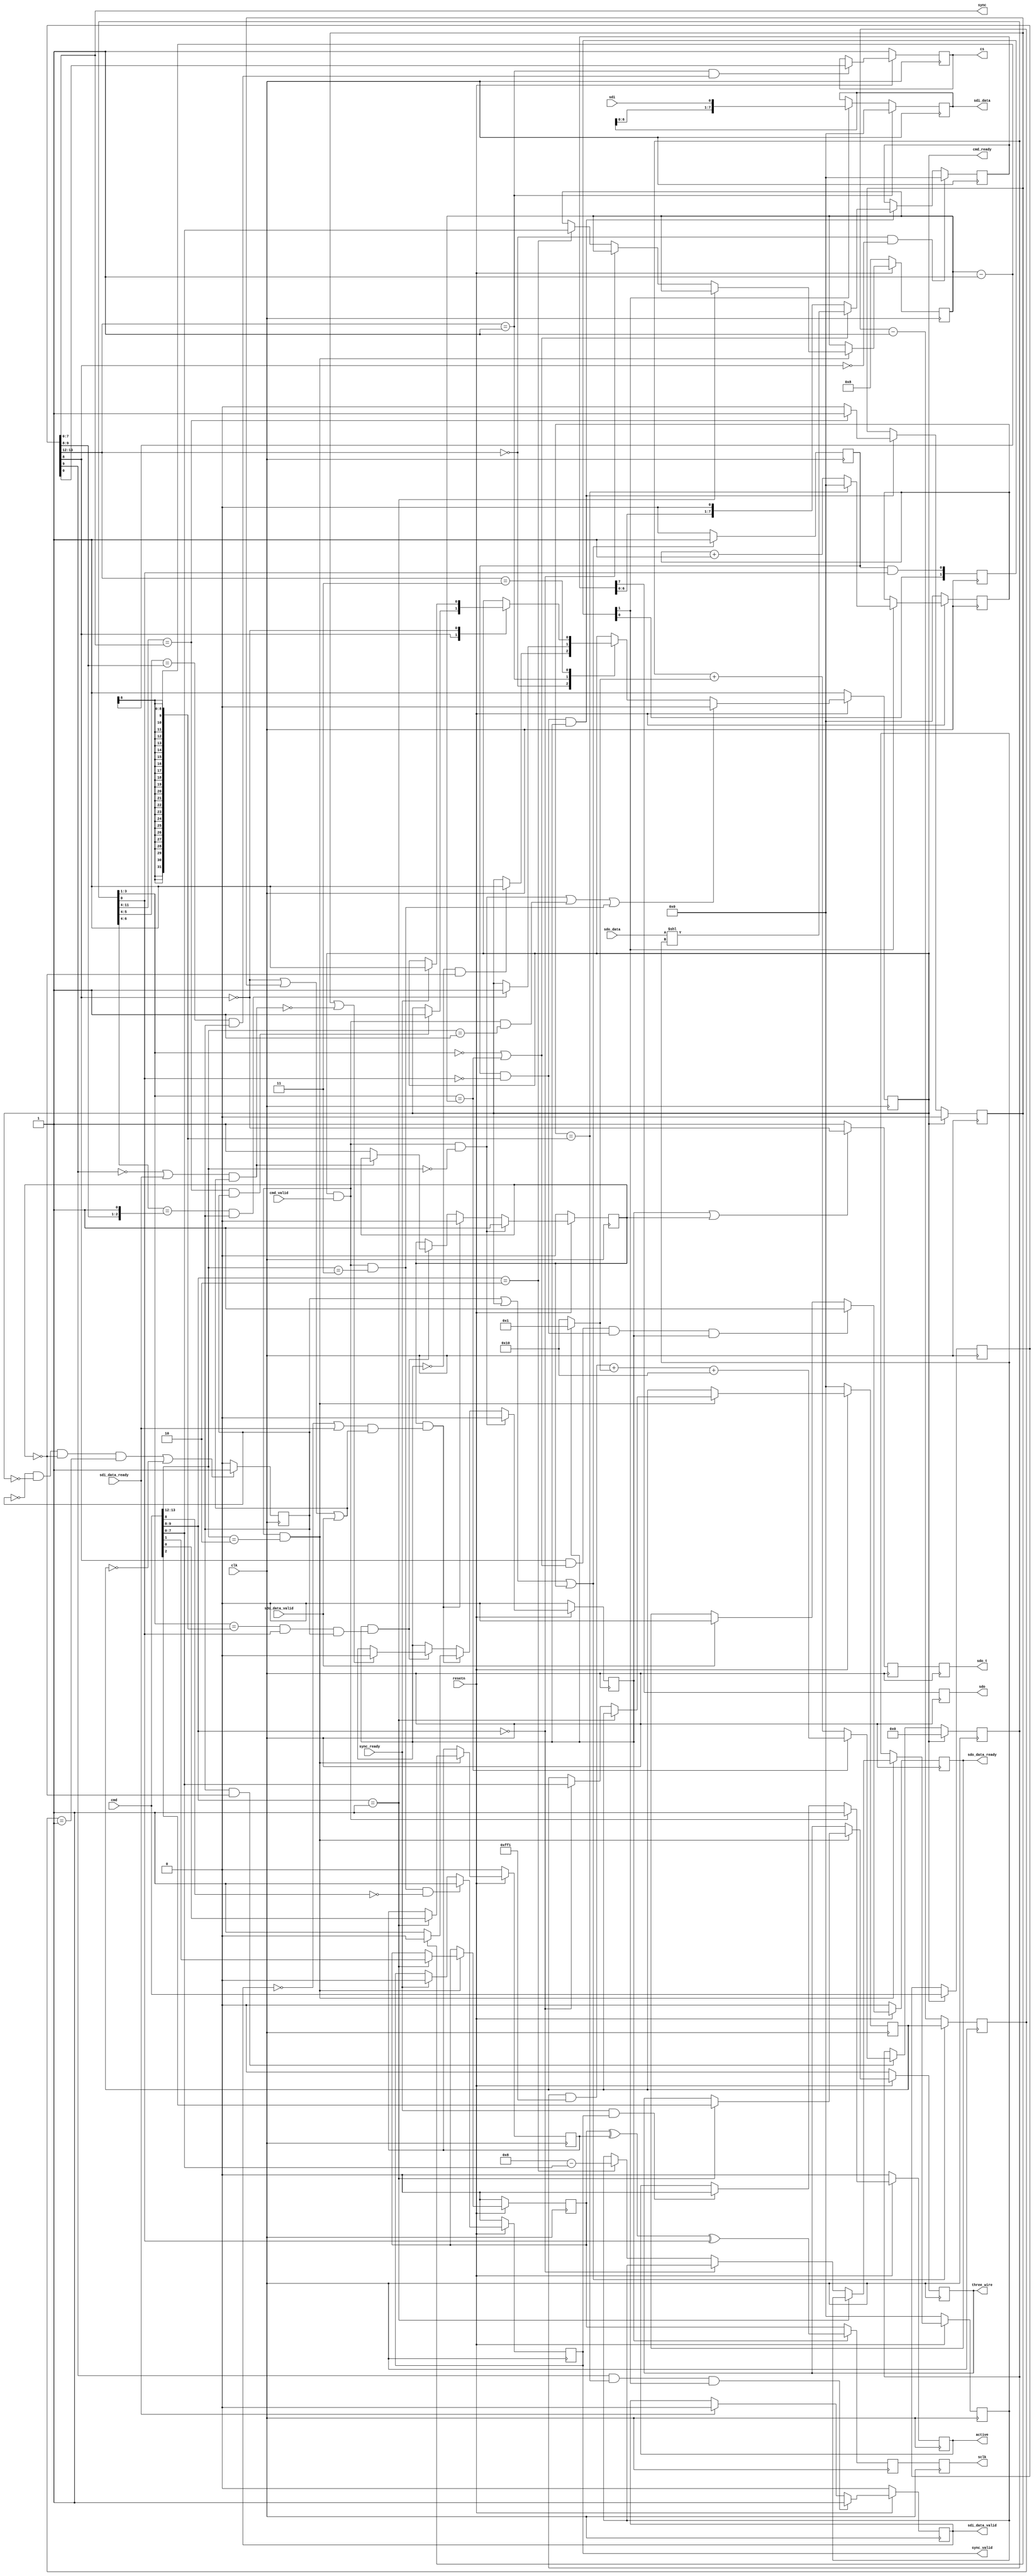
// ***************************************************************************
// ***************************************************************************
// Copyright 2014 - 2017 (c) Analog Devices, Inc. All rights reserved.
//
// In this HDL repository, there are many different and unique modules, consisting
// of various HDL (Verilog or VHDL) components. The individual modules are
// developed independently, and may be accompanied by separate and unique license
// terms.
//
// The user should read each of these license terms, and understand the
// freedoms and responsibilities that he or she has by using this source/core.
//
// This core is distributed in the hope that it will be useful, but WITHOUT ANY
// WARRANTY; without even the implied warranty of MERCHANTABILITY or FITNESS FOR
// A PARTICULAR PURPOSE.
//
// Redistribution and use of source or resulting binaries, with or without modification
// of this file, are permitted under one of the following two license terms:
//
//   1. The GNU General Public License version 2 as published by the
//      Free Software Foundation, which can be found in the top level directory
//      of this repository (LICENSE_GPL2), and also online at:
//      <https://www.gnu.org/licenses/old-licenses/gpl-2.0.html>
//
// OR
//
//   2. An ADI specific BSD license, which can be found in the top level directory
//      of this repository (LICENSE_ADIBSD), and also on-line at:
//      https://github.com/analogdevicesinc/hdl/blob/master/LICENSE_ADIBSD
//      This will allow to generate bit files and not release the source code,
//      as long as it attaches to an ADI device.
//
// ***************************************************************************
// ***************************************************************************

`timescale 1ns/100ps

module spi_engine_execution #(

  parameter NUM_OF_CS = 1,
  parameter DEFAULT_SPI_CFG = 0,
  parameter DEFAULT_CLK_DIV = 0,
  parameter DATA_WIDTH = 8,                   // Valid data widths values are 8/16/24/32
  parameter NUM_OF_SDI = 1,
  parameter [0:0] SDO_DEFAULT = 1'b0,
  parameter [1:0] SDI_DELAY = 2'b00) (

  input clk,
  input resetn,

  output reg active,

  output cmd_ready,
  input cmd_valid,
  input [15:0] cmd,

  input sdo_data_valid,
  output reg sdo_data_ready,
  input [(DATA_WIDTH-1):0] sdo_data,


  input sdi_data_ready,
  output reg sdi_data_valid,
  output [(NUM_OF_SDI * DATA_WIDTH-1):0] sdi_data,

  input sync_ready,
  output reg sync_valid,
  output [7:0] sync,

  output reg sclk,
  output reg sdo,
  output reg sdo_t,
  input [NUM_OF_SDI-1:0] sdi,
  output reg [NUM_OF_CS-1:0] cs,
  output reg three_wire
);

localparam CMD_TRANSFER = 2'b00;
localparam CMD_CHIPSELECT = 2'b01;
localparam CMD_WRITE = 2'b10;
localparam CMD_MISC = 2'b11;

localparam MISC_SYNC = 1'b0;
localparam MISC_SLEEP = 1'b1;

localparam REG_CLK_DIV = 2'b00;
localparam REG_CONFIG = 2'b01;
localparam REG_WORD_LENGTH = 2'b10;

localparam BIT_COUNTER_WIDTH = DATA_WIDTH > 16 ? 5 :
                               DATA_WIDTH > 8  ? 4 : 3;

localparam BIT_COUNTER_CARRY = 2** (BIT_COUNTER_WIDTH + 1);
localparam BIT_COUNTER_CLEAR = {{8{1'b1}}, {BIT_COUNTER_WIDTH{1'b0}}, 1'b1};

reg sclk_int = 1'b0;
wire sdo_int_s;
reg sdo_t_int = 1'b0;

reg idle;

reg [7:0] clk_div_counter = 'h00;
reg [7:0] clk_div_counter_next = 'h00;
reg clk_div_last;

reg [(BIT_COUNTER_WIDTH+8):0] counter = 'h00;

wire [7:0] sleep_counter = counter[(BIT_COUNTER_WIDTH+8):(BIT_COUNTER_WIDTH+1)];
wire [1:0] cs_sleep_counter = counter[(BIT_COUNTER_WIDTH+2):(BIT_COUNTER_WIDTH+1)];
wire [2:0] cs_sleep_counter2 = counter[(BIT_COUNTER_WIDTH+3):(BIT_COUNTER_WIDTH+1)];
wire [(BIT_COUNTER_WIDTH-1):0] bit_counter = counter[BIT_COUNTER_WIDTH:1];
wire [7:0] transfer_counter = counter[(BIT_COUNTER_WIDTH+8):(BIT_COUNTER_WIDTH+1)];
wire ntx_rx = counter[0];

reg trigger = 1'b0;
reg trigger_next = 1'b0;
reg wait_for_io = 1'b0;
reg transfer_active = 1'b0;

wire last_bit;
wire first_bit;
reg last_transfer;
reg [7:0] word_length = DATA_WIDTH;
reg [7:0] left_aligned = 8'b0;
wire end_of_word;

reg [7:0] sdi_counter = 8'b0;

assign first_bit = ((bit_counter == 'h0) ||  (bit_counter == word_length));
assign last_bit = bit_counter == word_length - 1;
assign end_of_word = last_bit == 1'b1 && ntx_rx == 1'b1 && clk_div_last == 1'b1;

reg [15:0] cmd_d1;

reg cpha = DEFAULT_SPI_CFG[0];
reg cpol = DEFAULT_SPI_CFG[1];
reg [7:0] clk_div = DEFAULT_CLK_DIV;

wire sdo_enabled = cmd_d1[8];
wire sdi_enabled = cmd_d1[9];

reg [(DATA_WIDTH-1):0] data_sdo_shift = 'h0;

reg [4:0] trigger_rx_d = 5'b0;

wire [1:0] inst = cmd[13:12];
wire [1:0] inst_d1 = cmd_d1[13:12];

wire exec_cmd = cmd_ready && cmd_valid;
wire exec_transfer_cmd = exec_cmd && inst == CMD_TRANSFER;

wire exec_write_cmd = exec_cmd && inst == CMD_WRITE;
wire exec_chipselect_cmd = exec_cmd && inst == CMD_CHIPSELECT;
wire exec_misc_cmd = exec_cmd && inst == CMD_MISC;
wire exec_sync_cmd = exec_misc_cmd && cmd[8] == MISC_SYNC;

wire trigger_tx;
wire trigger_rx;

wire sleep_counter_compare;
wire cs_sleep_counter_compare;
wire cs_sleep_counter_compare2;

wire io_ready1;
wire io_ready2;
wire trigger_rx_s;

wire last_sdi_bit;

assign cmd_ready = idle;

always @(posedge clk) begin
  if (cmd_ready)
   cmd_d1 <= cmd;
end

always @(posedge clk) begin
  if (resetn == 1'b0) begin
    active <= 1'b0;
  end else begin
    if (exec_cmd == 1'b1)
      active <= 1'b1;
    else if (sync_ready == 1'b1 && sync_valid == 1'b1)
      active <= 1'b0;
  end
end

// Load the interface configurations from the 'Configuration Write'
// instruction
always @(posedge clk) begin
  if (resetn == 1'b0) begin
    cpha <= DEFAULT_SPI_CFG[0];
    cpol <= DEFAULT_SPI_CFG[1];
    three_wire <= DEFAULT_SPI_CFG[2];
    clk_div <= DEFAULT_CLK_DIV;
    word_length <= DATA_WIDTH;
    left_aligned <= 8'b0;
  end else if (exec_write_cmd == 1'b1) begin
    if (cmd[9:8] == REG_CONFIG) begin
      cpha <= cmd[0];
      cpol <= cmd[1];
      three_wire <= cmd[2];
    end else if (cmd[9:8] == REG_CLK_DIV) begin
      clk_div <= cmd[7:0];
    end else if (cmd[9:8] == REG_WORD_LENGTH) begin
      // the max value of this reg must be DATA_WIDTH
      word_length <= cmd[7:0];
      left_aligned <= DATA_WIDTH - cmd[7:0];
    end
  end
end

always @(posedge clk) begin
  if ((clk_div_last == 1'b0 && idle == 1'b0 && wait_for_io == 1'b0 &&
    clk_div_counter == 'h01) || clk_div == 'h00)
    clk_div_last <= 1'b1;
  else
    clk_div_last <= 1'b0;
end

always @(posedge clk) begin
  if (clk_div_last == 1'b1 || idle == 1'b1 || wait_for_io == 1'b1) begin
    clk_div_counter <= clk_div;
    trigger <= 1'b1;
  end else begin
    clk_div_counter <= clk_div_counter - 1'b1;
    trigger <= 1'b0;
  end
end

assign trigger_tx = trigger == 1'b1 && ntx_rx == 1'b0;
assign trigger_rx = trigger == 1'b1 && ntx_rx == 1'b1;

assign sleep_counter_compare = sleep_counter == cmd_d1[7:0] && clk_div_last == 1'b1;
assign cs_sleep_counter_compare = cs_sleep_counter == cmd_d1[9:8] && clk_div_last == 1'b1;
assign cs_sleep_counter_compare2 = cs_sleep_counter2 == {cmd_d1[9:8],1'b1} && clk_div_last == 1'b1;

always @(posedge clk) begin
  if (idle == 1'b1) begin
    counter <= 'h00;
  end else if (clk_div_last == 1'b1 && wait_for_io == 1'b0) begin
    if (bit_counter == word_length) begin
        counter <= (counter & BIT_COUNTER_CLEAR) + (transfer_active ? 'h1 : 'h10) + BIT_COUNTER_CARRY;
    end else begin
      counter <= counter + (transfer_active ? 'h1 : 'h10);
    end
  end
end

always @(posedge clk) begin
  if (resetn == 1'b0) begin
    idle <= 1'b1;
  end else begin
    if (exec_transfer_cmd || exec_chipselect_cmd || exec_misc_cmd) begin
      idle <= 1'b0;
    end else begin
      case (inst_d1)
      CMD_TRANSFER: begin
        if (transfer_active == 1'b0 && wait_for_io == 1'b0)
          idle <= 1'b1;
      end
      CMD_CHIPSELECT: begin
        if (cs_sleep_counter_compare2)
          idle <= 1'b1;
      end
      CMD_MISC: begin
        case (cmd_d1[8])
        MISC_SLEEP: begin
          if (sleep_counter_compare)
            idle <= 1'b1;
        end
        MISC_SYNC: begin
          if (sync_ready)
            idle <= 1'b1;
        end
        endcase
      end
      endcase
    end
  end
end

always @(posedge clk) begin
  if (resetn == 1'b0) begin
    cs <= 'hff;
  end else if (inst_d1 == CMD_CHIPSELECT && cs_sleep_counter_compare == 1'b1) begin
    cs <= cmd_d1[NUM_OF_CS-1:0];
  end
end

always @(posedge clk) begin
  if (resetn == 1'b0) begin
    sync_valid <= 1'b0;
  end else begin
    if (exec_sync_cmd == 1'b1) begin
      sync_valid <= 1'b1;
    end else if (sync_ready == 1'b1) begin
      sync_valid <= 1'b0;
    end
  end
end

assign sync = cmd_d1[7:0];

always @(posedge clk) begin
  if (resetn == 1'b0)
    sdo_data_ready <= 1'b0;
  else if (sdo_enabled == 1'b1 && first_bit == 1'b1 && trigger_tx == 1'b1 && transfer_active == 1'b1)
    sdo_data_ready <= 1'b1;
  else if (sdo_data_valid == 1'b1)
    sdo_data_ready <= 1'b0;
end

always @(posedge clk) begin
  if (resetn == 1'b0)
    sdi_data_valid <= 1'b0;
  else if (sdi_enabled == 1'b1 && last_sdi_bit == 1'b1 && trigger_rx_s == 1'b1)
    sdi_data_valid <= 1'b1;
  else if (sdi_data_ready == 1'b1)
    sdi_data_valid <= 1'b0;
end

assign io_ready1 = (sdi_data_valid == 1'b0 || sdi_data_ready == 1'b1) &&
        (sdo_enabled == 1'b0 || last_transfer == 1'b1 || sdo_data_valid == 1'b1);
assign io_ready2 = (sdi_enabled == 1'b0 || sdi_data_ready == 1'b1) &&
        (sdo_enabled == 1'b0 || last_transfer == 1'b1 || sdo_data_valid == 1'b1);

always @(posedge clk) begin
  if (idle == 1'b1) begin
    last_transfer <= 1'b0;
  end else if (trigger_tx == 1'b1 && transfer_active == 1'b1) begin
    if (transfer_counter == cmd_d1[7:0])
      last_transfer <= 1'b1;
    else
      last_transfer <= 1'b0;
  end
end

always @(posedge clk) begin
  if (resetn == 1'b0) begin
    transfer_active <= 1'b0;
    wait_for_io <= 1'b0;
  end else begin
    if (exec_transfer_cmd == 1'b1) begin
      wait_for_io <= 1'b1;
      transfer_active <= 1'b0;
    end else if (wait_for_io == 1'b1 && io_ready1 == 1'b1) begin
      wait_for_io <= 1'b0;
      if (last_transfer == 1'b0)
        transfer_active <= 1'b1;
      else
        transfer_active <= 1'b0;
    end else if (transfer_active == 1'b1 && end_of_word == 1'b1) begin
      if (last_transfer == 1'b1 || io_ready2 == 1'b0)
        transfer_active <= 1'b0;
      if (io_ready2 == 1'b0)
        wait_for_io <= 1'b1;
    end
  end
end

always @(posedge clk) begin
  if (transfer_active == 1'b1 || wait_for_io == 1'b1)
  begin
    sdo_t_int <= ~sdo_enabled;
  end else begin
    sdo_t_int <= 1'b1;
  end
end

// Load the SDO parallel data into the SDO shift register. In case of a custom
// data width, additional bit shifting must done at load.
always @(posedge clk) begin
  if ((inst_d1 == CMD_TRANSFER) && (!sdo_enabled)) begin
    data_sdo_shift <= {DATA_WIDTH{SDO_DEFAULT}};
  end else if (transfer_active == 1'b1 && trigger_tx == 1'b1) begin
    if (first_bit == 1'b1)
      data_sdo_shift <= sdo_data << left_aligned;
    else
      data_sdo_shift <= {data_sdo_shift[(DATA_WIDTH-2):0], 1'b0};
  end
end

assign sdo_int_s = data_sdo_shift[DATA_WIDTH-1];

// In case of an interface with high clock rate (SCLK > 50MHz), the latch of
// the SDI line can be delayed with 1, 2 or 3 SPI core clock cycle.
// Taking the fact that in high SCLK frequencies the pre-scaler most likely will
// be set to 0, to reduce the core clock's speed, this delay will mean that SDI will
// be latched at one of the next consecutive SCLK edge.

always @(posedge clk) begin
  trigger_rx_d[0] <= trigger_rx;
  trigger_rx_d[4:1] <= trigger_rx_d[3:0];
end

assign trigger_rx_s = (SDI_DELAY == 2'b00) ? trigger_rx_d[1] :
                      (SDI_DELAY == 2'b01) ? trigger_rx_d[2] :
                      (SDI_DELAY == 2'b10) ? trigger_rx_d[3] :
                      (SDI_DELAY == 2'b11) ? trigger_rx_d[4] : trigger_rx_d[1];

// Load the serial data into SDI shift register(s), then link it to the output
// register of the module
genvar i;
generate
  for (i=0; i<NUM_OF_SDI; i=i+1) begin: g_sdi_shift_reg

    reg [DATA_WIDTH-1:0] data_sdi_shift;

    always @(posedge clk) begin
      if (inst_d1 == CMD_CHIPSELECT) begin
        data_sdi_shift <= {DATA_WIDTH{1'b0}};
      end else if (trigger_rx_s == 1'b1) begin
        data_sdi_shift <= {data_sdi_shift[DATA_WIDTH-2:0], sdi[i]};
      end
    end

    assign sdi_data[((i+1)*DATA_WIDTH)-1:i*DATA_WIDTH] = data_sdi_shift;

  end
endgenerate

assign last_sdi_bit = (sdi_counter == word_length-1);
always @(posedge clk) begin
  if (resetn == 1'b0) begin
    sdi_counter <= 8'b0;
  end else begin
    if (trigger_rx_s == 1'b1) begin
      sdi_counter <= last_sdi_bit ? 8'b0 : sdi_counter + 1'b1;
    end
  end
end

always @(posedge clk) begin
  if (transfer_active == 1'b1) begin
    sclk_int <= cpol ^ cpha ^ ntx_rx;
  end else begin
    sclk_int <= cpol;
  end
end

// Additional register stage to improve timing
always @(posedge clk) begin
  sclk <= sclk_int;
  sdo <= sdo_int_s;
  sdo_t <= sdo_t_int;
end

endmodule